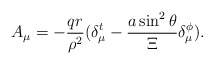
\begin{align*}A_\mu =-\frac{qr}{\rho ^2}(\delta _\mu ^t-\frac{a\sin ^2\theta }\Xi \delta_\mu ^\phi ). \end{align*}